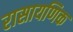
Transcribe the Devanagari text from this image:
रासायणिक